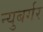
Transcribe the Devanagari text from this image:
न्युबर्गर